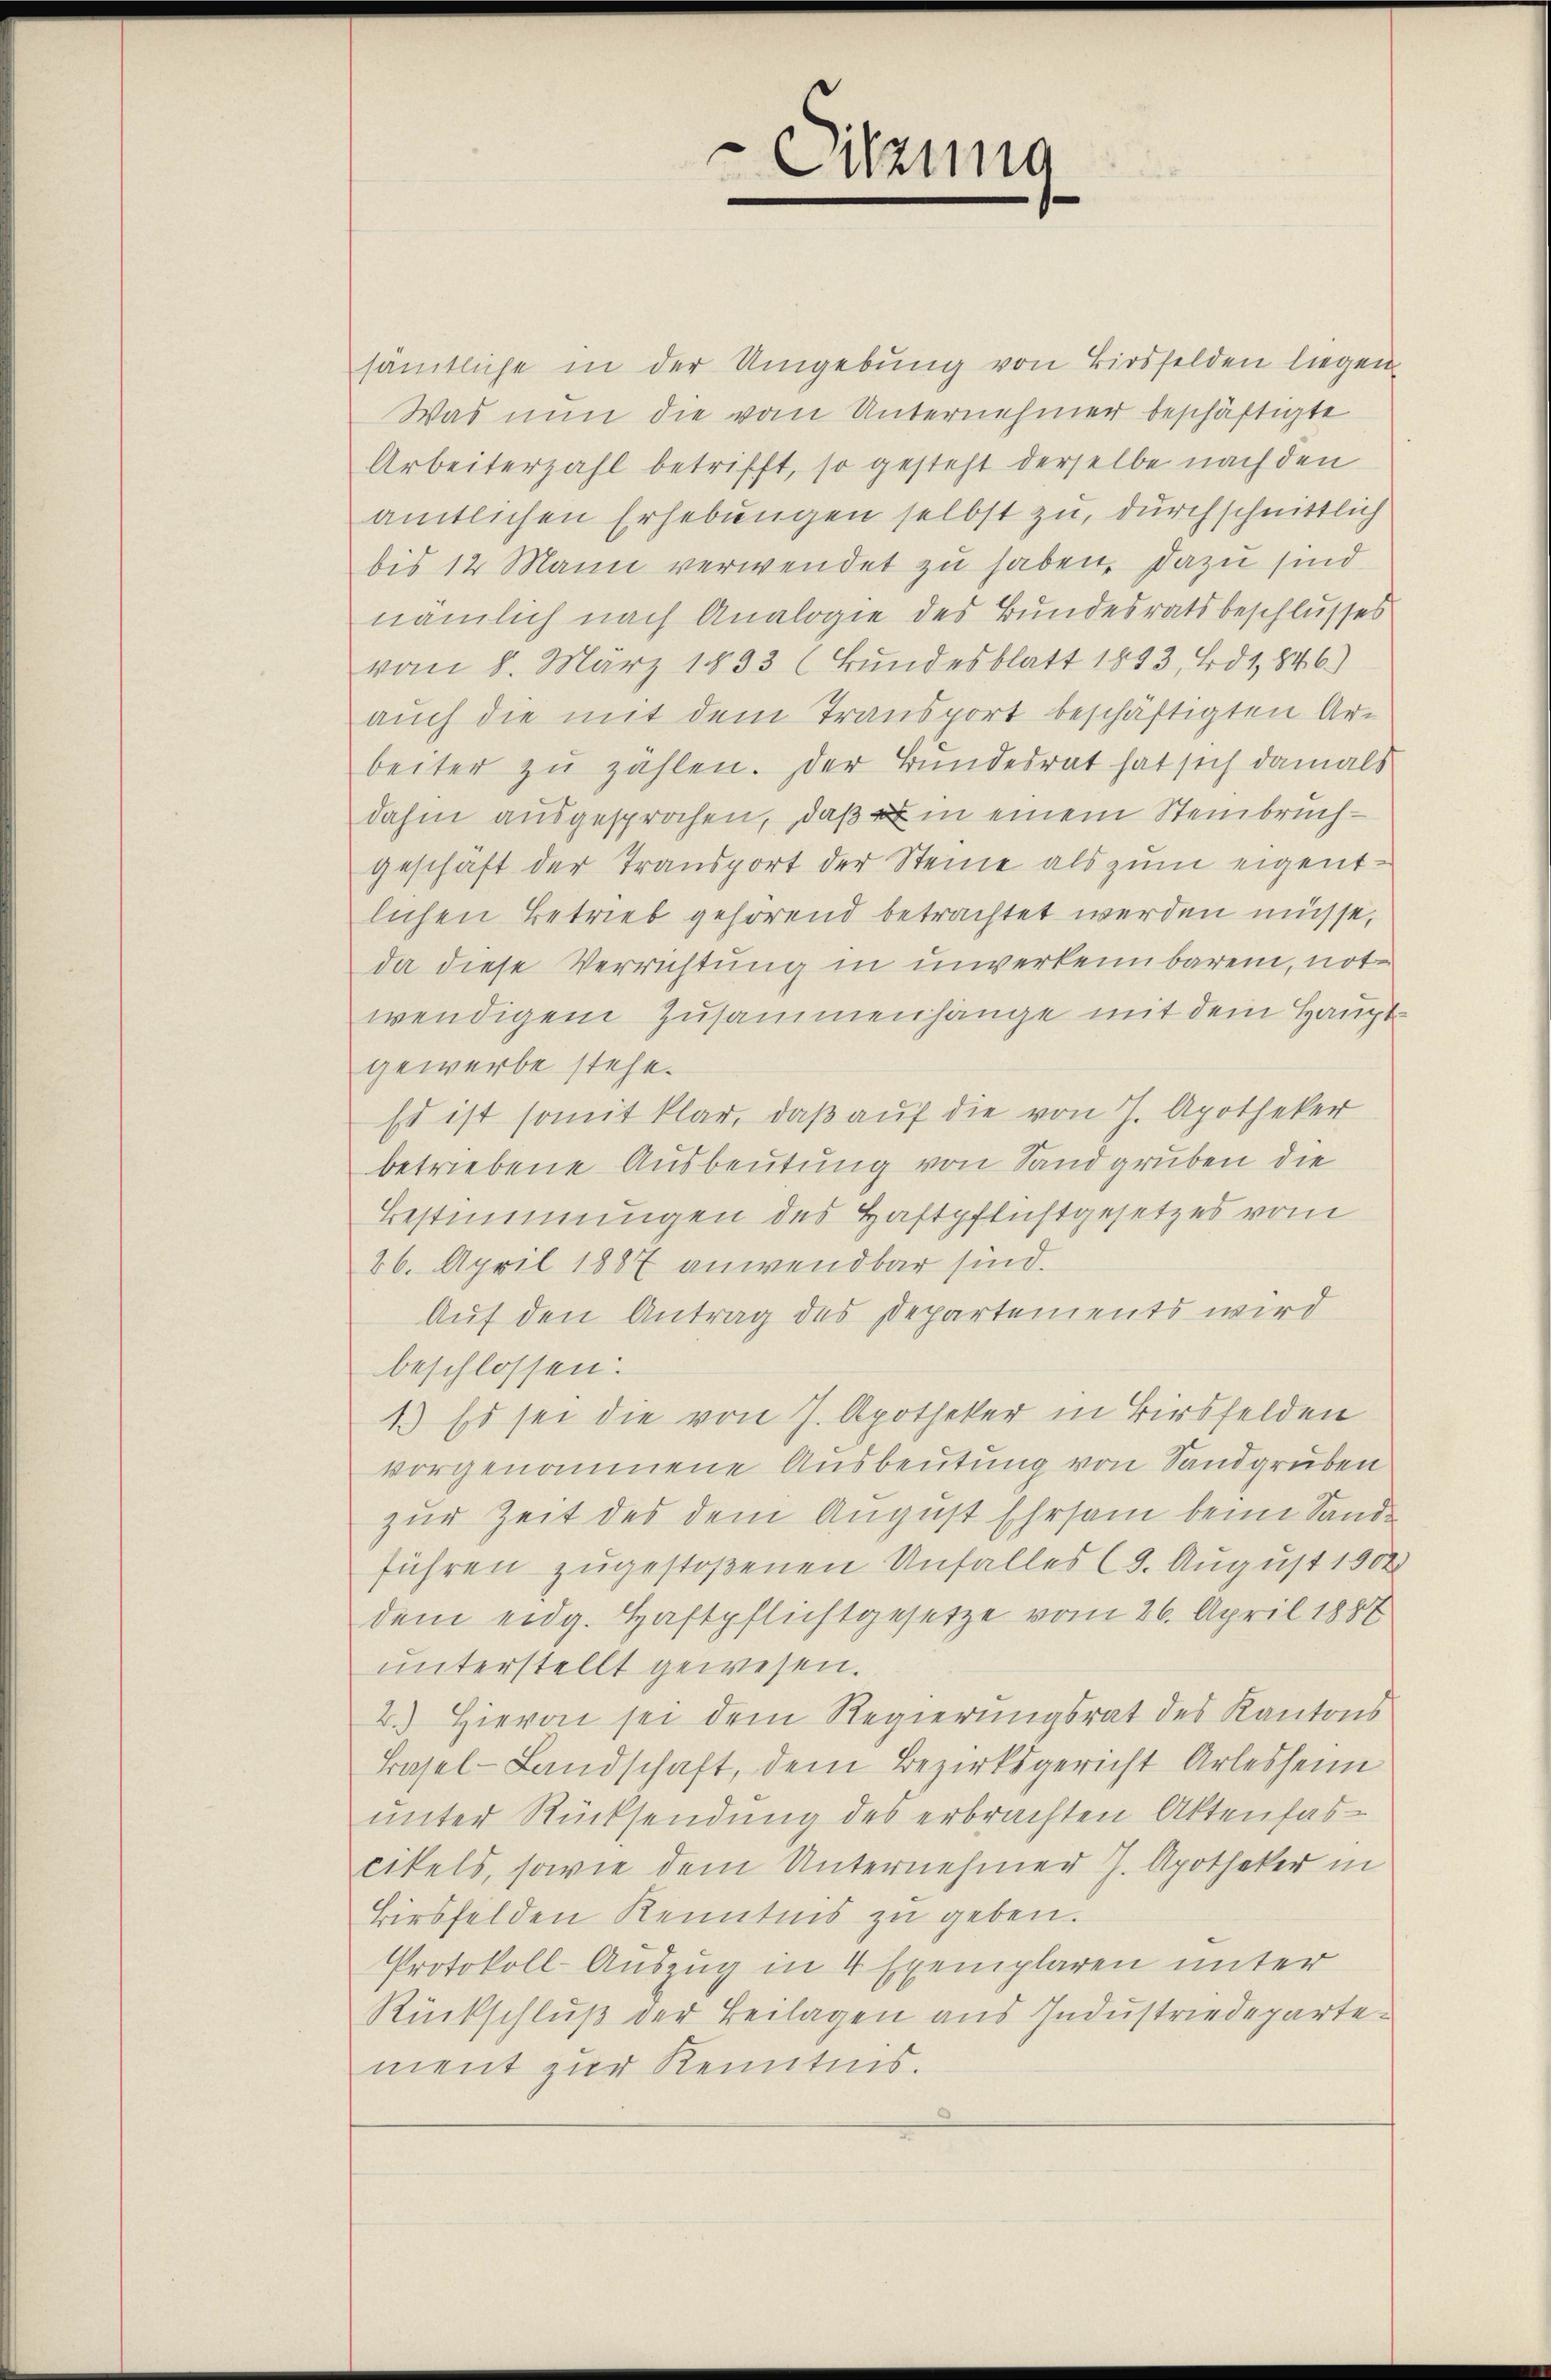
sämtliche in der Umgebung von Birsfelden liegen
Was nun die vom Unternehmer beschäftigte
Arbeiterzahl betrifft, so gesteht derselbe nach den
amtlichen Erhebungen selbst zu, durchschnittlich
bis 12 Mann verwendet zu haben, dazu sind
nämlich nach Analogie des Bundesratsbeschlusses
vom 8. März 1833 (Bundesblatt 1893, Bd. 1846)
auch die mit dem Transport beschäftigten Arbeiter zu zählen. Der Bundesrat hat sich damals
dahin ausgesprochen, daß in einem Steinbruchgeschaft der Transport der Steine als zum eigentlichen Betrieb gehörend betrachtet werden müsse,
da diese Verrichtung in unverkennbarem, not-
wendigem Zusammenhänge mit dem Hauptgewerbe stehe.
Es ist somit klar, daß auf die von J. Apotheker
betriebene Ausbeutung von Sandgruben die
Bestimmungen des Haftpflichtgesetzes vom
26. April 1887 anwendbar sind.
Auf den Antrag des Departements wird
beschlossen:
1.) Es sei die von J. Apotheker in Birsfelden
vorgenommene Ausbeutung von Sandgruben
zur Zeit des dem August Ehrsam beim Sandführen zugestoßenen Unfalles (3. August 1902
dem eidg. Haftpflichtgesetze vom 26. April 1887
unterstellt gewesen.
2.) Hievon sei dem Regierungsrat des Kantons
Basel-Landschaft, dem Bezirksgericht Arlesheim
unter Rücksendung des erbrachten Aktenfascikels, sowie dem Unternehmer J. Apotheker in
Birsfelden Kenntnis zu geben.
Protokoll-Auszug in 4 Exemplaren unter
Rückschluß der Beilagen aus Industriedepartement zur Kenntnis.

-Sitzung
e